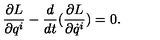
\frac { \partial { L } } { \partial q ^ { i } } - \frac { d } { d t } ( \frac { \partial { L } } { \partial \dot { q } ^ { i } } ) = 0 .